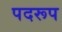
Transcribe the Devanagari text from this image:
पदरूप